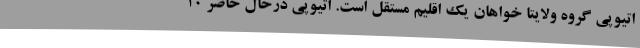
اتیوپی گروه ولایتا خواهان یک اقلیم مستقل است. اتیوپی درحال حاضر 10